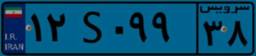
۶۳S۰۶۷۳۲